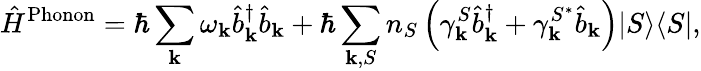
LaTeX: \hat{H}^{\mathrm{Phonon}}=\hbar\sum_{\mathbf{k}}\omega_{\mathbf{k}}\hat{b}_{\mathbf{k}}^{\dagger}\hat{b}_{\mathbf{k}}+\hbar\sum_{{\mathbf{k}},S}n_{S}\left(\gamma_{\mathbf{k}}^{S}\hat{b}_{\mathbf{k}}^{\dagger}+\gamma_{\mathbf{k}}^{S^{*}}\hat{b}_{\mathbf{k}}\right)\vert S\rangle\langle S\vert,